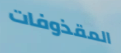
المقذوفات